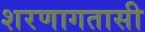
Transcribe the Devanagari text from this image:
शरणागतासी